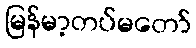
မြန်မာ့တပ်မတော်